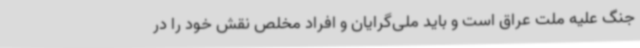
جنگ علیه ملت عراق است و باید ملی‌گرایان و افراد مخلص نقش خود را در